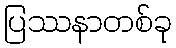
ပြဿနာတစ်ခု